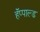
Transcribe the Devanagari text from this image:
हॅप्पाल्ड